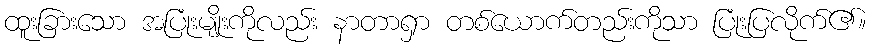
ထူးခြားသော အပြုံးမျိုးကိုလည်း နာတာရှာ တစ်ယောက်တည်းကိုသာ ပြုံးပြလိုက်၏။